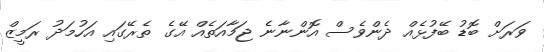
ވަރަށް ބޮޑު ބޭފުޅެއް ދެންވެސް އޮންނާނެ ޖަމާއަތެއް އޭގެ ތެރޭގައި އަހުމަދު ރަމީޒް